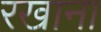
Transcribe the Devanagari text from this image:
रखाना